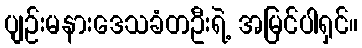
ပျဉ်းမနားဒေသခံတဦးရဲ့ အမြင်ပါရှင်။